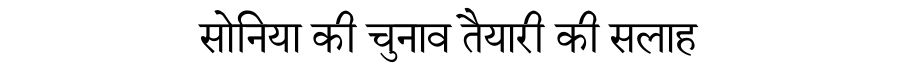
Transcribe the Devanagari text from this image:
सोनिया की चुनाव तैयारी की सलाह